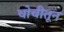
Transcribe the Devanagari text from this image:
चोचीतून